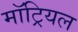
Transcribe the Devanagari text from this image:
मॉट्रियल